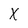
Character: X